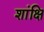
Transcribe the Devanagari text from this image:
शांक्षि